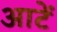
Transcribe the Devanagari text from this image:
आटें